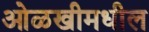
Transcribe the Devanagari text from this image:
ओळखीमधील